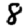
Digit: 8